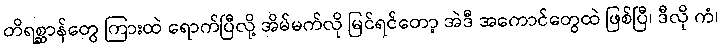
တိရစ္ဆာန်တွေ ကြားထဲ ရောက်ပြီလို့ အိမ်မက်လို မြင်ရင်တော့ အဲဒီ အကောင်တွေထဲ ဖြစ်ပြီ၊ ဒီလို ကံ၊